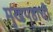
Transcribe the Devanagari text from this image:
मुखपृष्ठाची